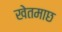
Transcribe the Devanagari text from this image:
खेतमाछ